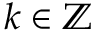
k \in \mathbb { Z }